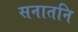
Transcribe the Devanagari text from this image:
सनातनि